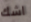
اشك